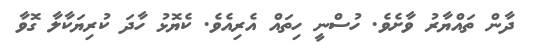
ދާން ތައްޔާރު ވާށެވެ. ހުސްނީ ހިތައް އެރިއެވެ. ކެޔޮޅު ހާދަ ކުރިޔަކާލާ ގޮވާ